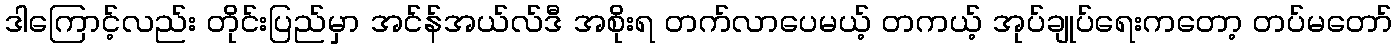
ဒါကြောင့်လည်း တိုင်းပြည်မှာ အင်န်အယ်လ်ဒီ အစိုးရ တက်လာပေမယ့် တကယ့် အုပ်ချုပ်ရေးကတော့ တပ်မတော်